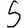
Digit: 5